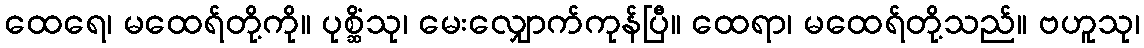
ထေရေ၊ မထေရ်တို့ကို။ ပုစ္ဆိံသု၊ မေးလျှောက်ကုန်ပြီ။ ထေရာ၊ မထေရ်တို့သည်။ ဗဟူသု၊